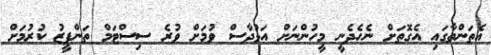
އެތަންތާގައި އެގޮތަށް ނެހެދެނީ މީހުންނަށް އަޅުދާސް ވުމަށް ވުރެ ސިސްޓަމް ތަންފީޒު ކުރުމަށް